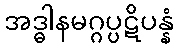
အဒ္ဓါနမဂ္ဂပ္ပဋိပန္နံ